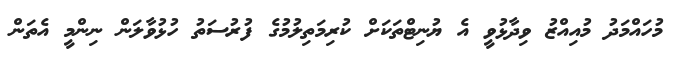
މުހައްމަދު މުއިއްޒު ވިދާޅުވީ އެ ޔުނިޓްތަކަށް ކުރިމަތިލުމުގެ ފުރުސަތު ހުޅުވާލަން ނިންމީ އެތަން